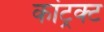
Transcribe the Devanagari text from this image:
कांट्रक्ट